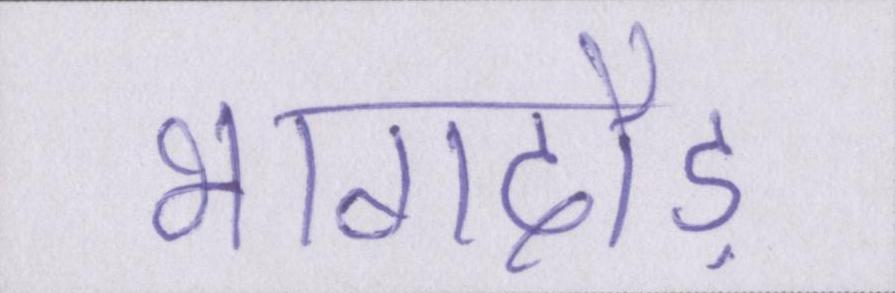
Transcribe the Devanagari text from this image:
भागदौड़